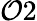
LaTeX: \mathcal{O}2